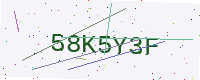
Text: 58K5Y3F